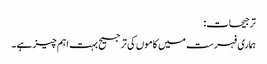
ترجیحات:
ہماری فہرست میں کاموں کی ترجیح بہت اہم چیز ہے ۔